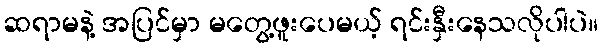
ဆရာမနဲ့ အပြင်မှာ မတွေ့ဖူးပေမယ့် ရင်းနှီးနေသလိုပါပဲ။